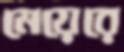
মেয়েরে